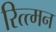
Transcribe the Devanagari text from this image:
रित्त्मन